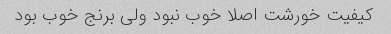
کیفیت خورشت اصلا خوب نبود ولی برنج خوب بود